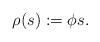
LaTeX: \begin{align*}\rho(s):= \phi s.\end{align*}